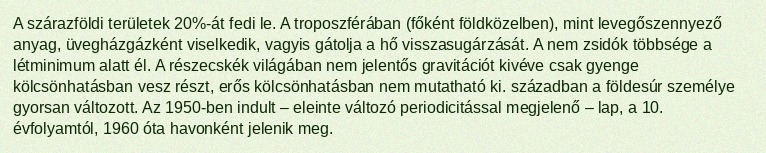
A szárazföldi területek 20%-át fedi le. A troposzférában (főként földközelben), mint levegőszennyező anyag, üvegházgázként viselkedik, vagyis gátolja a hő visszasugárzását. A nem zsidók többsége a létminimum alatt él. A részecskék világában nem jelentős gravitációt kivéve csak gyenge kölcsönhatásban vesz részt, erős kölcsönhatásban nem mutatható ki. században a földesúr személye gyorsan változott. Az 1950-ben indult – eleinte változó periodicitással megjelenő – lap, a 10. évfolyamtól, 1960 óta havonként jelenik meg.